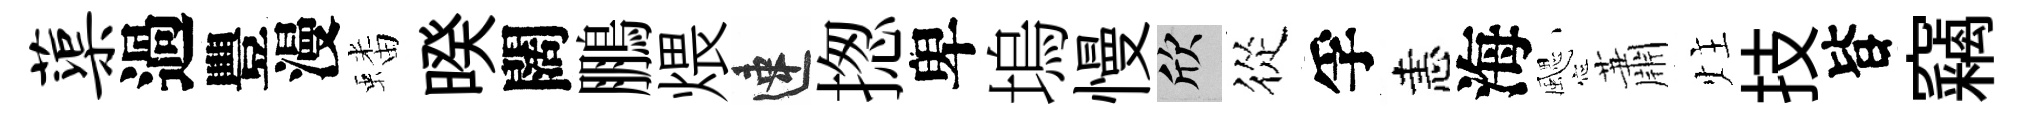
蕖過豐漫蟠暌闊鵬煨速揔卑塢慢欣從孚恚海颸蕭炷技𣅜竊